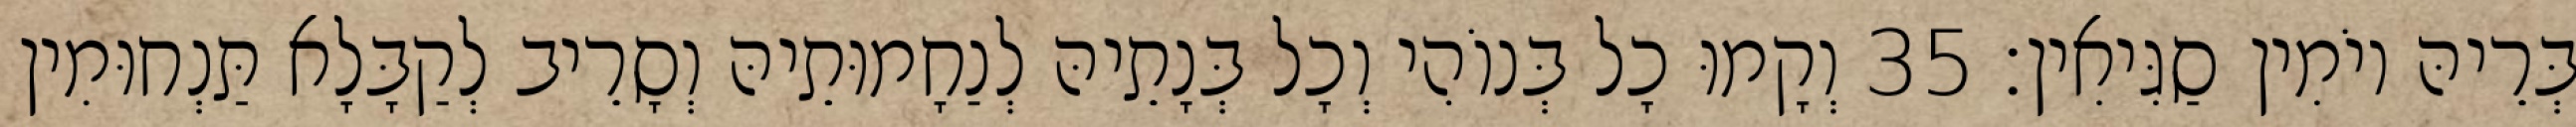
בְּרֵיהּ יוֹמִין סַגִּיאִין׃ 35 וְקָמוּ כָל בְּנוֹהִי וְכָל בְּנָתֵיהּ לְנַחָמוּתֵיהּ וְסָרֵיב לְקַבָּלָא תַּנְחוּמִין